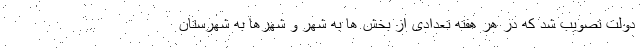
دولت تصویب شد که در هر هفته تعدادی از بخش ها به شهر و شهرها به شهرستان